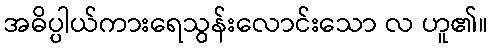
အဓိပ္ပါယ်ကားရေသွန်းလောင်းသော လ ဟူ၏။